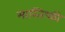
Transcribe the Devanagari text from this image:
मास्तिष्की